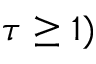
\tau \geq 1 )